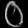
Digit: ၀